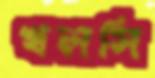
খলসি